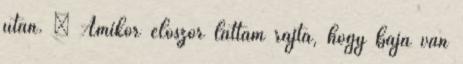
után. – Amikor először láttam rajta, hogy baja van